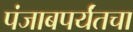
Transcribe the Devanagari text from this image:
पंजाबपर्यंतचा